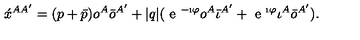
\acute { x } ^ { A A ^ { \prime } } = ( p + \bar { p } ) o ^ { A } \bar { o } ^ { A ^ { \prime } } + | q | ( \textrm { e } ^ { - \i \varphi } o ^ { A } \bar { \iota } ^ { A ^ { \prime } } + \textrm { e } ^ { \i \varphi } \iota ^ { A } \bar { o } ^ { A ^ { \prime } } ) .